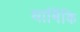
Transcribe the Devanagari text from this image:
धार्मिकि